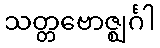
သတ္တဗောဇ္ဈင်္ဂါ